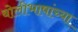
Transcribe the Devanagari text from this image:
बोलीभाषांच्या